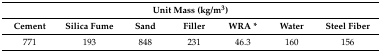
<table><thead><tr><td colspan="7"><b>Unit Mass (kg/m<sup>3</sup>)</b></td></tr><tr><td><b>Cement</b></td><td><b>Silica Fume</b></td><td><b>Sand</b></td><td><b>Filler</b></td><td><b>WRA *</b></td><td><b>Water</b></td><td><b>Steel Fiber</b></td></tr></thead><tbody><tr><td>771</td><td>193</td><td>848</td><td>231</td><td>46.3</td><td>160</td><td>156</td></tr></tbody></table>